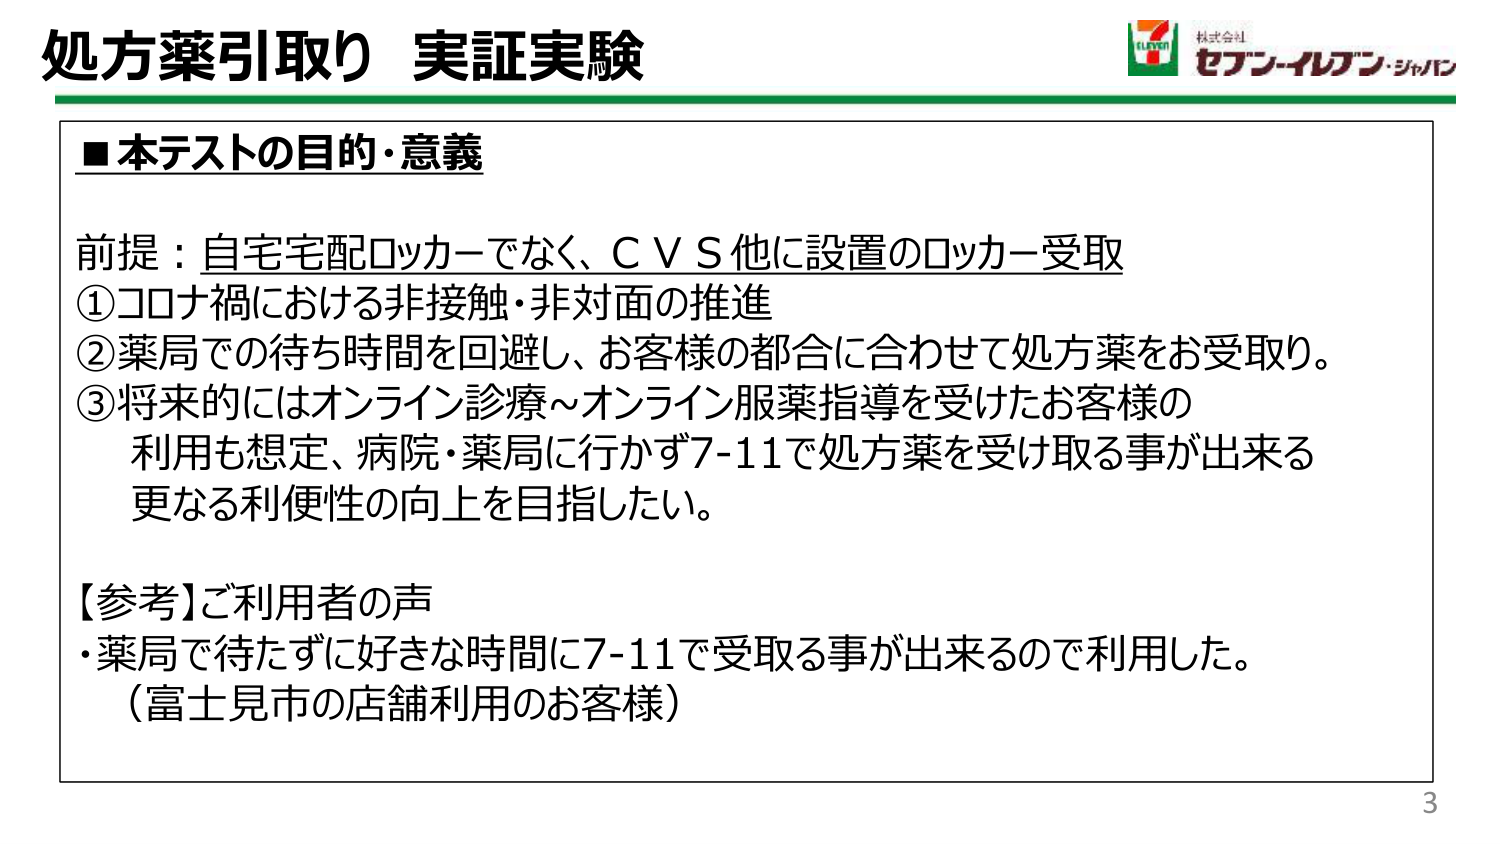
処方薬引取り 実証実験

■本テストの目的・意義

前提：自宅宅配ロッカーでなく、ＣＶＳ他に設置のロッカー受取
①コロナ禍における非接触・非対面の推進
②薬局での待ち時間を回避し、お客様の都合に合わせて処方薬をお受取り。
③将来的にはオンライン診療～オンライン服薬指導を受けたお客様の
　利用も想定、病院・薬局に行かず7-11で処方薬を受け取る事が出来る
　更なる利便性の向上を目指したい。

【参考】ご利用者の声
・薬局で待たずに好きな時間に7-11で受取る事が出来るので利用した。
（富士見市の店舗利用のお客様）

3

株式会社
セブン-イレブン・ジャパン